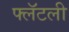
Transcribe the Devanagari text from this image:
फ्लॅटली